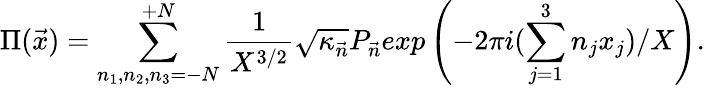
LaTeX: \Pi({\vec{x}})=\sum_{n_{1},n_{2},n_{3}=-N}^{+N}\frac{1}{X^{3/2}}{\sqrt{\kappa_{\vec{n}}}}P_{\vec{n}}exp\left(-2\pi i(\sum_{j=1}^{3}n_{j}x_{j})/X\right).